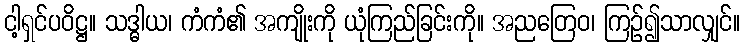
ငါ့ရှင်ပဝိဋ္ဌ။ သဒ္ဓါယ၊ ကံကံ၏ အကျိုးကို ယုံကြည်ခြင်းကို။ အညတြေဝ၊ ကြဉ်၍သာလျှင်။